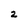
Character: z